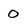
Character: 0